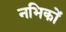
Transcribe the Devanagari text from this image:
नभिकों